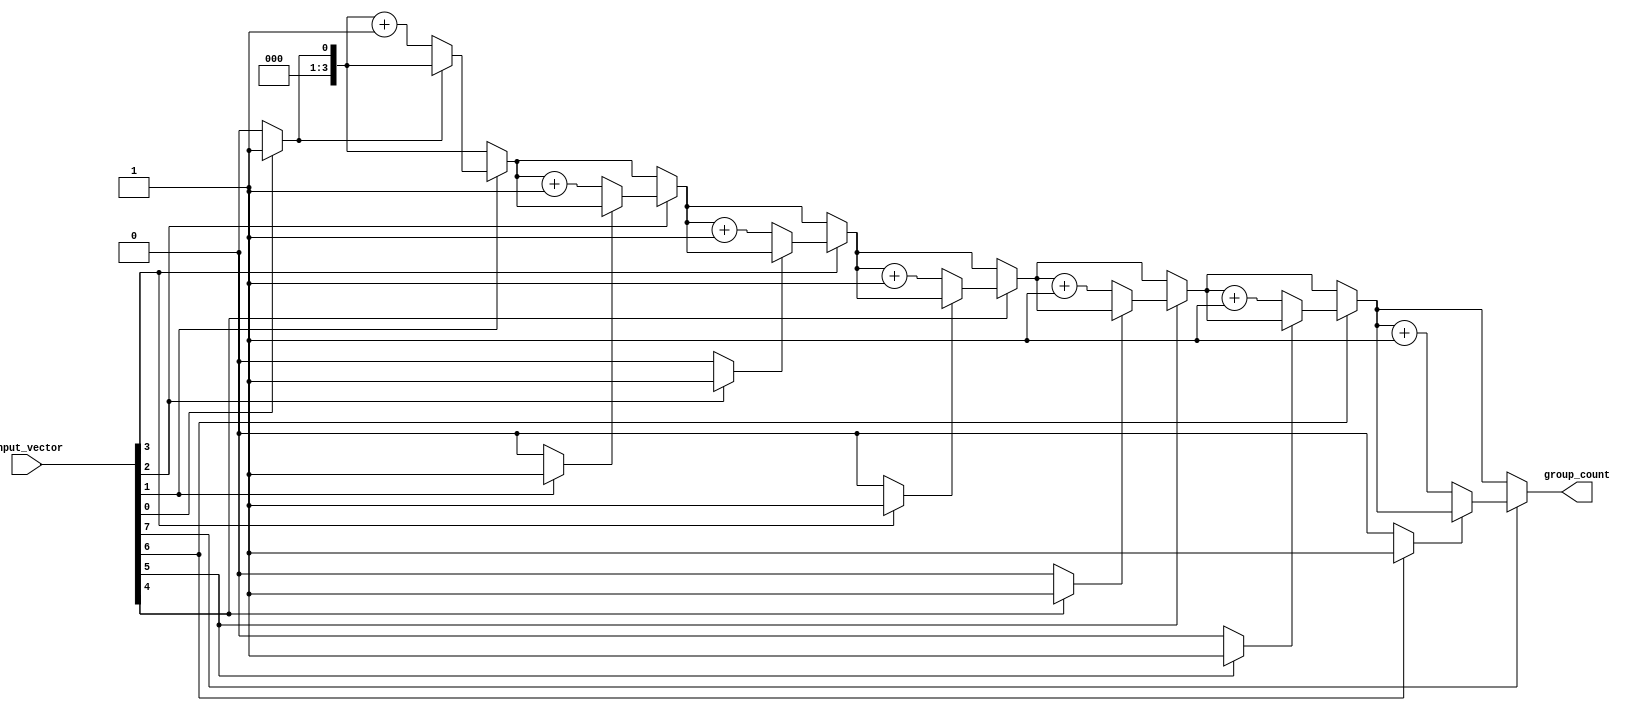
module GroupingOfOnes #(
    parameter n = 8  // Parameter for input vector size
)(
    input  wire [n-1:0] input_vector,  // n-bit binary input vector
    output reg  [3:0] group_count        // Output count of groups (4 bits can count up to 15 groups)
);

    integer i;
    reg in_group; // Flag to indicate if we are currently in a group of 1s

    always @(*) begin
        group_count = 0; // Initialize group count
        in_group = 0;    // Initialize in_group flag

        // Iterate through the input vector
        for (i = 0; i < n; i = i + 1) begin
            if (input_vector[i] == 1) begin
                // If we encounter a 1 and we are not in a group, we found a new group
                if (!in_group) begin
                    group_count = group_count + 1; // Increment group count
                    in_group = 1; // Set in_group flag
                end
            end else begin
                // If we encounter a 0, we are no longer in a group
                in_group = 0; // Reset in_group flag
            end
        end
    end

endmodule